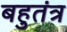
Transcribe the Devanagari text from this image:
बहुतंत्र